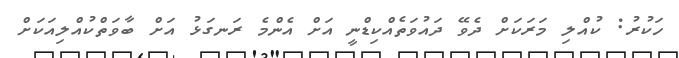
ހަކުރު: ކުއްލި މަރަކަށް ދެވޭ ދައުވަތެއްކިޑްނީ އަށް އެންމެ ރަނގަޅު އަށް ބާވަތްކުއްލިއަކަށް